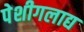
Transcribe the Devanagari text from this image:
पेशीगलाद्य